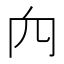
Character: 𥤢